Annual administration report of the Civil Veterinary Department, Ajmere-Merwara, British Rajputana - 1914-1940
Year: 1914
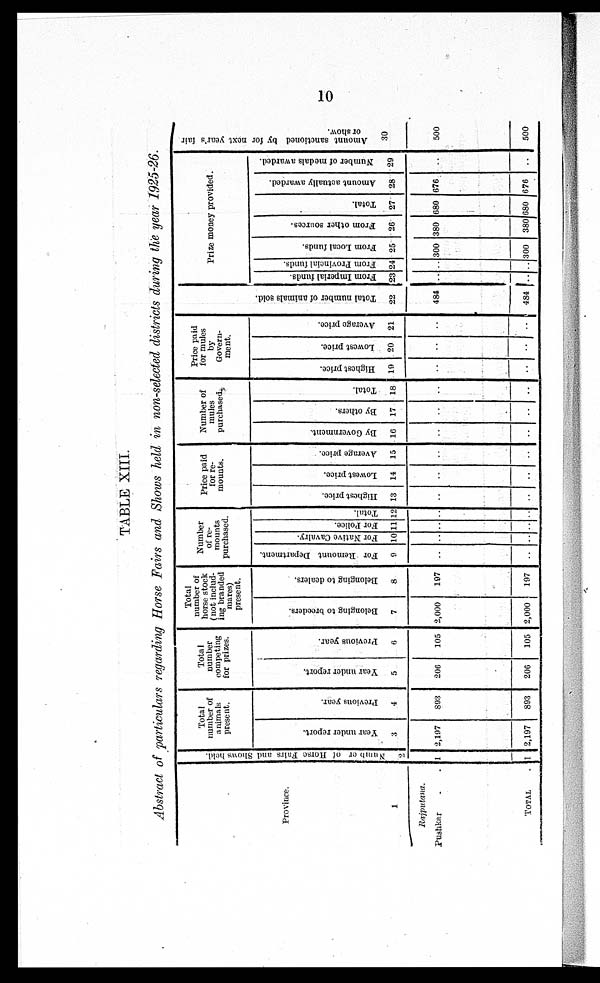
10
TABLE XIII.
Abstract of particulars regarding Horse Fairs and Shows held in non-selected districts during the year 1925-26.
Province.
1
Rajputana.
Pushkar . .
TOTAL .
Number of Horse Fairs and Shows held.
2
1
1
Total
number of
animals
present.
Year under report.
3
2,197
2,197
Previous year.
4
893
893
Total
number
competing
for prizes.
Year under report.
5
206
206
Previous year.
6
105
105
Total
number of
horse stock
(not includ-
ing branded
mares)
present.
Belonging to breeders.
7
2,000
2,000
Belonging to dealers.
8
197
197
Number
of re-
mounts
purchased.
For Remount Department.
9
..
..
For Native Cavalry.
10
..
..
For Police.
11
..
..
Total.
12
..
..
Price paid
for re-
mounts.
Highest price.
13
..
..
Lowest price.
14
..
..
Average price.
15
..
..
Number of
mules
purchased.
By Government.
16
..
..
By others.
17
..
..
Total.
18
..
..
Price paid
for mules
by
Govern-
ment.
Highest price.
19
..
..
Lowest price.
20
..
..
Average price.
21
..
..
Tot al number of animals sold.
22
484
484
Prize money provided.
From Imperial funds.
23
..
..
From Provincial funds.
24
..
..
From Local funds.
25
300
300
From other sources.
26
380
380
Total.
27
680
680
Amount actually awarded.
28
676
676
Number of medals awarded.
29
..
..
Amount sanctioned by for next year's fair
or show.
30
500
500